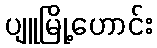
ပျူမြို့ဟောင်း